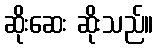
ဆိုးဆေး ဆိုးသည်။